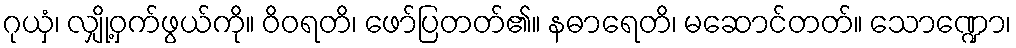
ဂုယှံ၊ လျှို့ဝှက်ဖွယ်ကို။ ဝိဝရတိ၊ ဖော်ပြတတ်၏။ နဓာရေတိ၊ မဆောင်တတ်။ သောဏ္ဍော၊